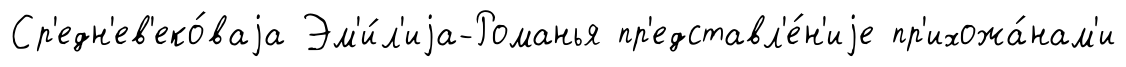
Ср'едн'ев'еко́ваjа Эм'и́л'иjа-Романья пр'едставл'е́н'иjе пр'ихожа́нам'и